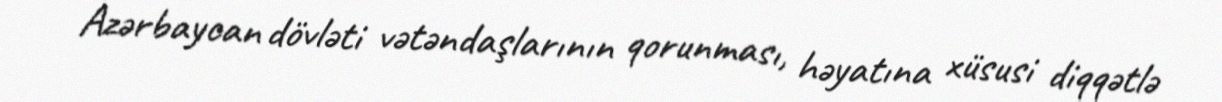
Azərbaycan dövləti vətəndaşlarının qorunması, həyatına xüsusi diqqətlə